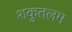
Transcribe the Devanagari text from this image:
शकुतलम